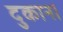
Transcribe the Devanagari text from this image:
दुकान।